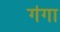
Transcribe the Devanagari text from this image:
ग॑गा